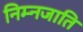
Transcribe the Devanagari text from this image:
निम्नजाति